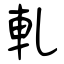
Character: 軋